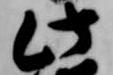
此